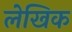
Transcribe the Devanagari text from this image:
लेखिक